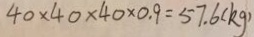
4 0 \times 4 0 \times 4 0 \times 0 . 9 = 5 7 . 6 ( k g )